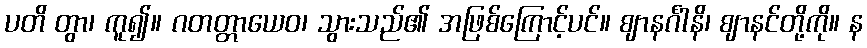
ပတိ တွာ၊ ကူ၍။ ဂတတ္တာယေဝ၊ သွားသည်၏ အဖြစ်ကြောင့်ပင်။ ဈာနင်္ဂါနိ၊ ဈာနင်တို့ကို။ န